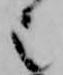
也